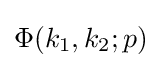
\Phi (k_{1},k_{2};p)